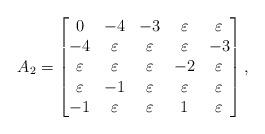
LaTeX: \begin{align*}A_{2} =\begin{bmatrix}0 & -4 & -3 & \varepsilon & \varepsilon \\ -4 & \varepsilon & \varepsilon & \varepsilon & -3 \\ \varepsilon & \varepsilon & \varepsilon & -2 & \varepsilon \\ \varepsilon & -1 & \varepsilon & \varepsilon & \varepsilon \\ -1 &\varepsilon & \varepsilon & 1 & \varepsilon\end{bmatrix},\end{align*}